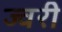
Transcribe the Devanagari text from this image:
ज्वरी